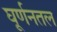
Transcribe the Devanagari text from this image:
घूर्णनतल